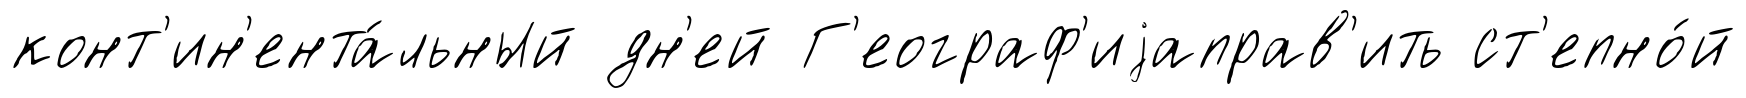
конт'ин'ента́льный дн'ей Г'еограф'иjаправ'ить ст'епно́й